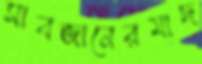
সাবজানেরমাদ